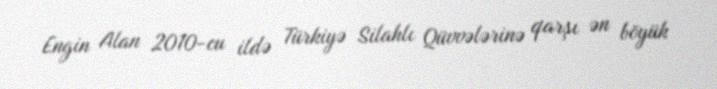
Engin Alan 2010-cu ildə Türkiyə Silahlı Qüvvələrinə qarşı ən böyük